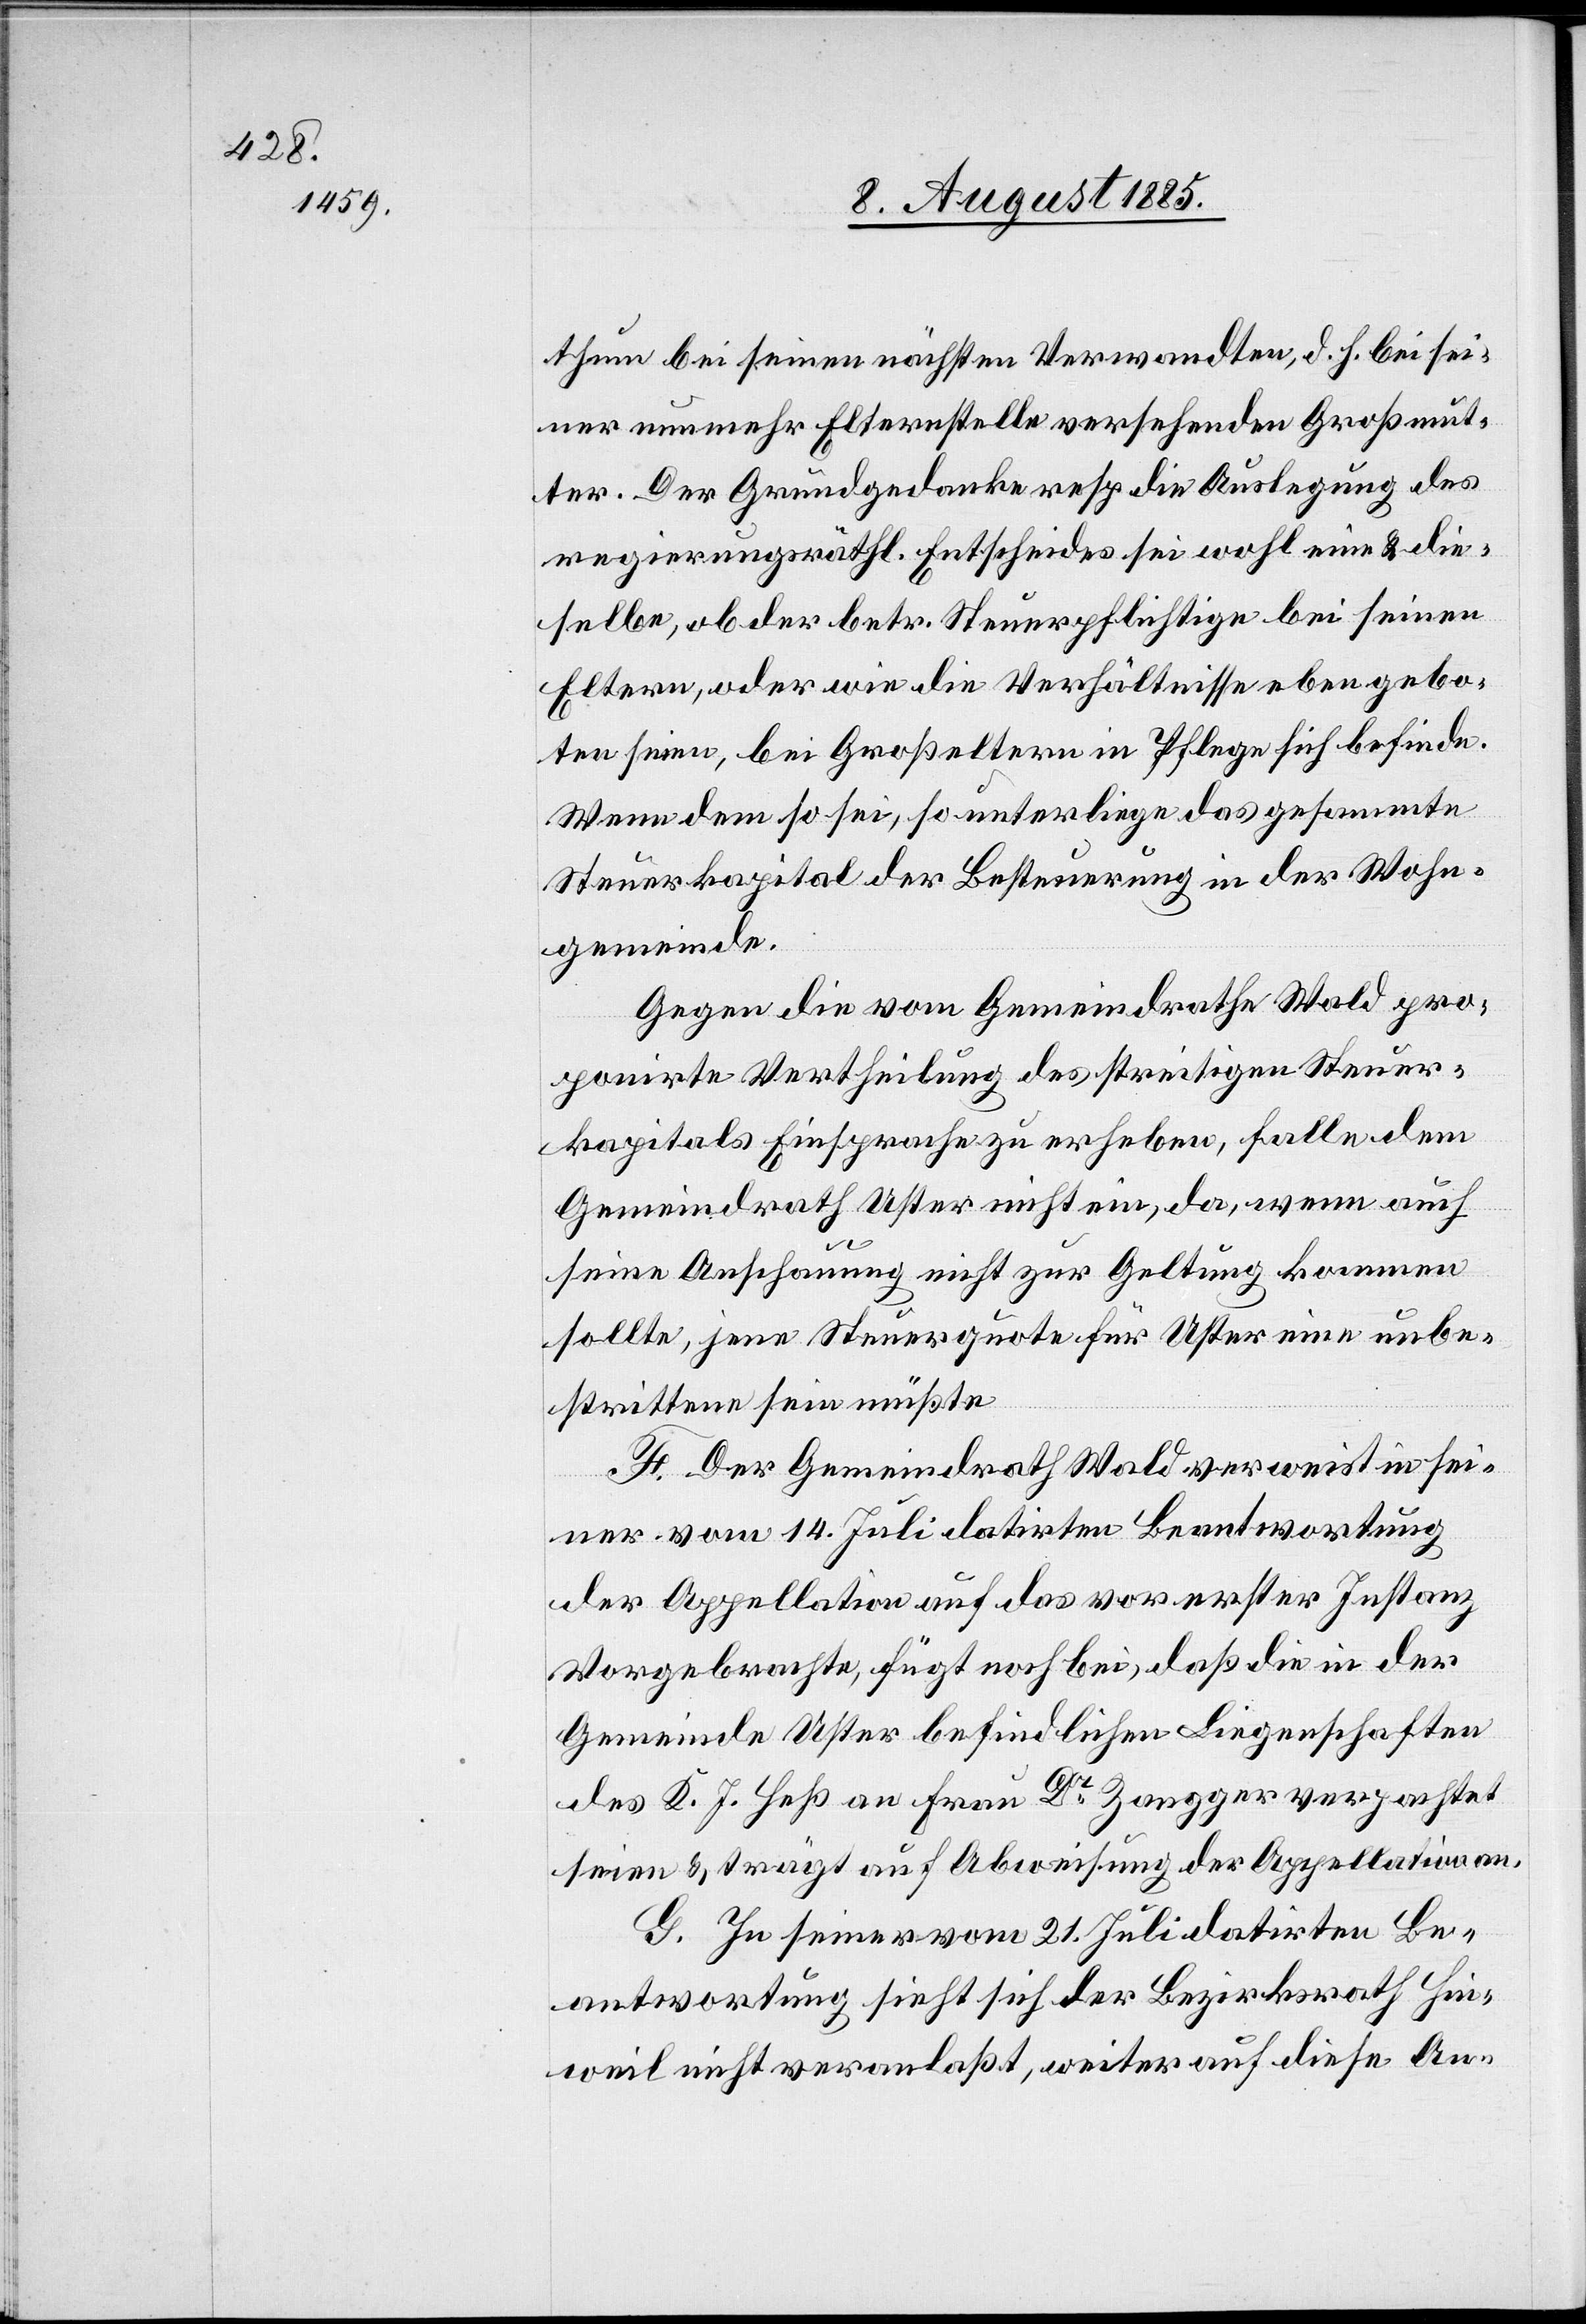
thum bei seinen nächsten Verwandten, d. h. bei sei¬
ner nun mehr Elternstelle versehenden Großmut¬
ter. Der Grundgedanke resp. die Auslegung des
regierungsräthl. Entscheides sei wohl eine & die¬
selbe, ob der betr. Steuerpflichtige bei seinen
Eltern, oder wie die Verhältnisse eben gebo¬
ten seien, bei Großeltern in Pflege sich befinde.
Wenn dem so sei, so unterliege das gesammte
Steuerkapital der Besteuerung in der Wohn¬
gemeinde.
Gegen die vom Gemeindrathe Wald pro¬
ponirte Vertheilung des streitigen Steuer¬
kapitals Einsprache zu erheben, falle dem
Gemeindrath Uster nicht ein, da, wenn auch
seine Anschauung nicht zur Geltung kommen
sollte, jene Steuerquote für Uster eine unbe¬
strittene sein müßte.
F. Der Gemeindrath Wald verweist in sei¬
ner vom 14. Juli datirten Beantwortung
der Appellation auf das vor erster Instanz
Vorgebrachte, fügt noch bei, daß die in der
Gemeinde Uster befindlichen Liegenschaften
des K. J. Heß an Frau Dr Zangger verpachtet
seien & trägt auf Abweisung der Appellation an.
G. In seiner vom 21. Juli datirten Be¬
antwortung sieht sich der Bezirksrath Hin¬
weil nicht veranlaßt, weiter auf diese An-